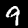
Label: 9